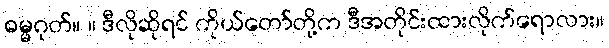
ဓမ္မဂုတ်။ ။ ဒီလိုဆိုရင် ကိုယ်တော်တို့က ဒီအတိုင်းထားလိုက်ရောလား။